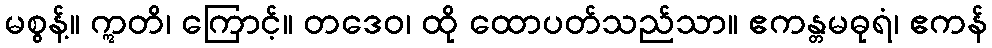
မစွန့်။ ဣတိ၊ ကြောင့်။ တဒေဝ၊ ထို ထောပတ်သည်သာ။ ဧကန္တမဓုရံ၊ ဧကန်